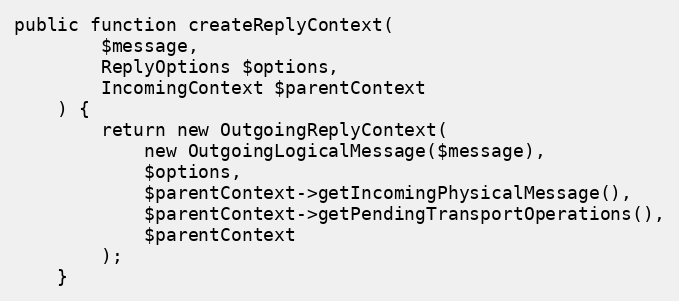
Language: PHP
public function createReplyContext(
        $message,
        ReplyOptions $options,
        IncomingContext $parentContext
    ) {
        return new OutgoingReplyContext(
            new OutgoingLogicalMessage($message),
            $options,
            $parentContext->getIncomingPhysicalMessage(),
            $parentContext->getPendingTransportOperations(),
            $parentContext
        );
    }